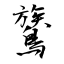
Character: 鷟